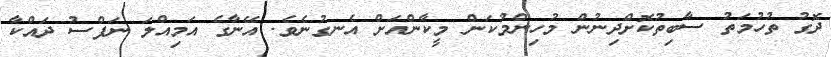
ދޮގު ތުހުމަތު ސާބިތުކޮށްދިނުން މުހިންމުކަން މީކާންއަށް އެނގުނެވެ. އޭނާގެ އަމިއްލަ ނަފްސު ދައްކާ